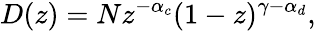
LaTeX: D(z)=Nz^{-\alpha_{c}}(1-z)^{\gamma-\alpha_{d}},